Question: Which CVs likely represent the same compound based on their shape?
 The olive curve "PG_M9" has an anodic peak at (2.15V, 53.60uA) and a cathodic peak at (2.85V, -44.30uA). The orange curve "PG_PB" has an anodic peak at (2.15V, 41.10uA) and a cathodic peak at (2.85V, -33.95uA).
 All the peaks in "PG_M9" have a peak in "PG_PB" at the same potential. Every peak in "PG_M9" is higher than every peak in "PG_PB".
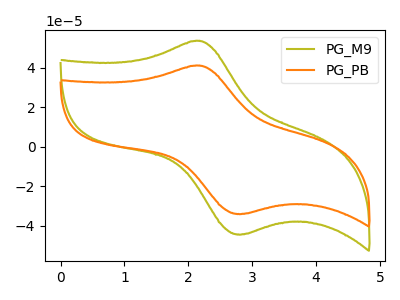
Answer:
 <answer>"PG_M9" and "PG_PB" have the same shape and are likely CV's of the same chemical.</answer>
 <eval>"PG_M9" "PG_PB"</eval>